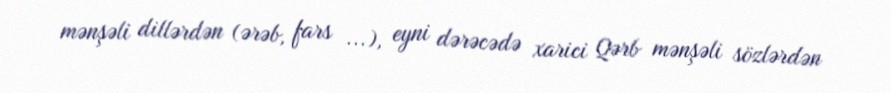
mənşəli dillərdən (ərəb, fars ...), eyni dərəcədə xarici Qərb mənşəli sözlərdən